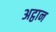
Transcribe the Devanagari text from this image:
अट्ठान